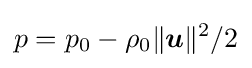
p=p_{0}-\rho _{0}\|{\boldsymbol {u}}\|^{2}/2